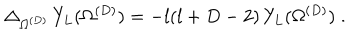
\Delta _ { \Omega ^ { ( { D } ) } } \, Y _ { L } ( \Omega ^ { ( { D } ) } ) = - l ( l + D - 2 ) \, Y _ { L } ( \Omega ^ { ( { D } ) } ) \; .